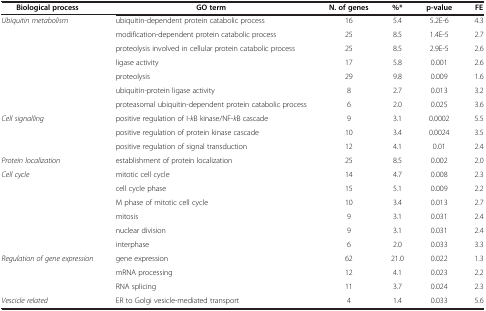
<table><thead><tr><td><b>Biological process</b></td><td><b>GO term</b></td><td><b>N. of genes</b></td><td><b>%*</b></td><td><b>p-value</b></td><td><b>FE</b></td></tr></thead><tbody><tr><td><i>Ubiquitin metabolism</i></td><td>ubiquitin-dependent protein catabolic process</td><td>16</td><td>5.4</td><td>5.2E-6</td><td>4.3</td></tr><tr><td> </td><td>modification-dependent protein catabolic process</td><td>25</td><td>8.5</td><td>1.4E-5</td><td>2.7</td></tr><tr><td> </td><td>proteolysis involved in cellular protein catabolic process</td><td>25</td><td>8.5</td><td>2.9E-5</td><td>2.6</td></tr><tr><td> </td><td>ligase activity</td><td>17</td><td>5.8</td><td>0.001</td><td>2.6</td></tr><tr><td> </td><td>proteolysis</td><td>29</td><td>9.8</td><td>0.009</td><td>1.6</td></tr><tr><td> </td><td>ubiquitin-protein ligase activity</td><td>8</td><td>2.7</td><td>0.013</td><td>3.2</td></tr><tr><td> </td><td>proteasomal ubiquitin-dependent protein catabolic process</td><td>6</td><td>2.0</td><td>0.025</td><td>3.6</td></tr><tr><td><i>Cell signalling</i></td><td>positive regulation of I-<i>k</i>B kinase/NF-<i>k</i>B cascade</td><td>9</td><td>3.1</td><td>0.0002</td><td>5.5</td></tr><tr><td> </td><td>positive regulation of protein kinase cascade</td><td>10</td><td>3.4</td><td>0.0024</td><td>3.5</td></tr><tr><td> </td><td>positive regulation of signal transduction</td><td>12</td><td>4.1</td><td>0.01</td><td>2.4</td></tr><tr><td><i>Protein localization</i></td><td>establishment of protein localization</td><td>25</td><td>8.5</td><td>0.002</td><td>2.0</td></tr><tr><td><i>Cell cycle</i></td><td>mitotic cell cycle</td><td>14</td><td>4.7</td><td>0.008</td><td>2.3</td></tr><tr><td> </td><td>cell cycle phase</td><td>15</td><td>5.1</td><td>0.009</td><td>2.2</td></tr><tr><td> </td><td>M phase of mitotic cell cycle</td><td>10</td><td>3.4</td><td>0.013</td><td>2.7</td></tr><tr><td> </td><td>mitosis</td><td>9</td><td>3.1</td><td>0.031</td><td>2.4</td></tr><tr><td> </td><td>nuclear division</td><td>9</td><td>3.1</td><td>0.031</td><td>2.4</td></tr><tr><td> </td><td>interphase</td><td>6</td><td>2.0</td><td>0.033</td><td>3.3</td></tr><tr><td><i>Regulation of gene expression</i></td><td>gene expression</td><td>62</td><td>21.0</td><td>0.022</td><td>1.3</td></tr><tr><td> </td><td>mRNA processing</td><td>12</td><td>4.1</td><td>0.023</td><td>2.2</td></tr><tr><td> </td><td>RNA splicing</td><td>11</td><td>3.7</td><td>0.024</td><td>2.3</td></tr><tr><td><i>Vescicle related</i></td><td>ER to Golgi vesicle-mediated transport</td><td>4</td><td>1.4</td><td>0.033</td><td>5.6</td></tr></tbody></table>